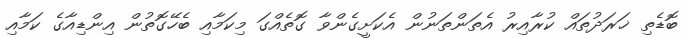
ބޮޑެތި ޚަރަދުތައް ކުރާއިރު އެތަންތަނުން އެކަށީގެންވާ ގޮތެއްގަ މިކަމާއި ބެހޭގޮތުން އިންޑިއާގެ ކަމާއި